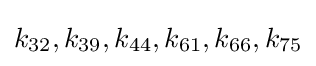
k_{32},k_{39},k_{44},k_{61},k_{66},k_{75}